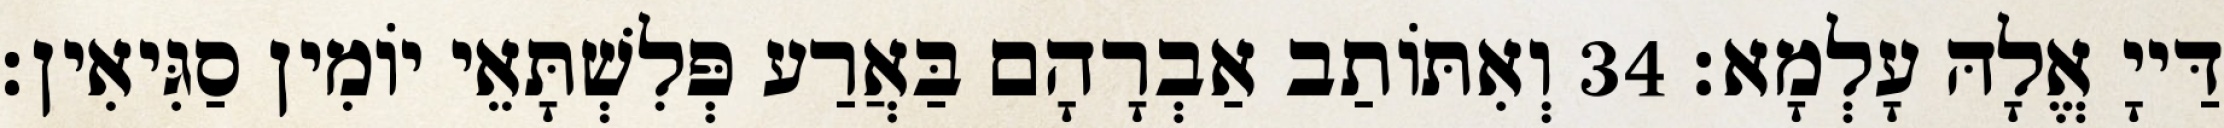
דַּייָ אֱלָהּ עָלְמָא׃ 34 וְאִתּוֹתַב אַבְרָהָם בַּאֲרַע פְּלִשְׁתָּאֵי יוֹמִין סַגִּיאִין׃